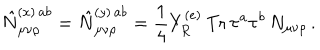
\hat { N } _ { \mu \nu \rho } ^ { ( x ) \, a b } = \hat { N } _ { \mu \nu \rho } ^ { ( y ) \, a b } = \frac { 1 } { 4 } Y _ { R } ^ { ( e ) } \, \mathrm { T r } \, \tau ^ { a } \tau ^ { b } \, N _ { \mu \nu \rho } \, .